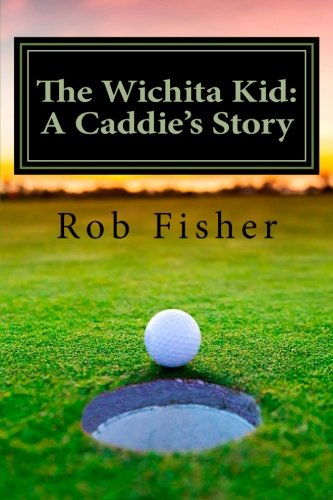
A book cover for The Wichita Kid: A Caddie's Story; Rob Fisher; Literature & Fiction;